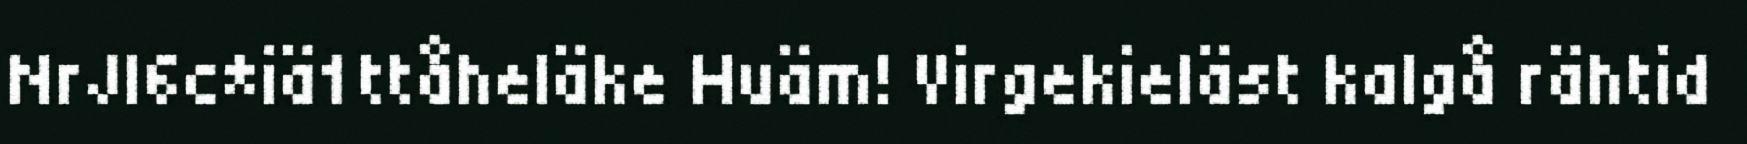
NrJI6c*iä1ttåheläke Huäm! Virgekieläst kalgå rähtid